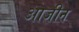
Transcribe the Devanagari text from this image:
आजीन